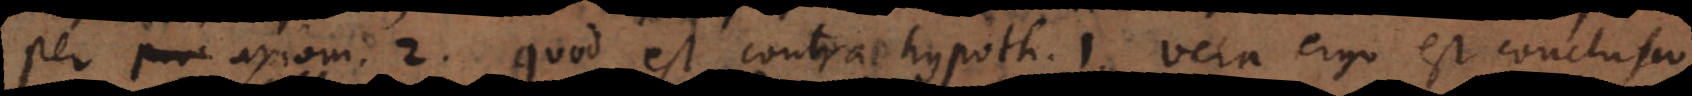
per axiom. 2, quod est contra hypoth. 1. Vera ergo est conclusio